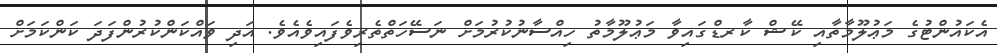
އެކައުންޓުގެ މަޢުލޫމާތާއި ކޭޝް ކާރޑްގައިވާ މަޢުލޫމާތު ހިއްސާނުކުރުމަށް ނަސޭހަތްތެރިވެފައިވެއެވެ. އަދި ވައްކަންކުރުންފަދަ ކަންކަމަށް